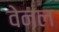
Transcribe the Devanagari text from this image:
वेनल